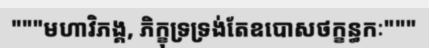
"""មហាវិភង្គ, ភិក្ខុទ្រទ្រង់តែឧបោសថក្ខន្ធកៈ"""